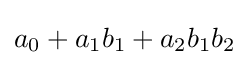
a_{0}+a_{1}b_{1}+a_{2}b_{1}b_{2}